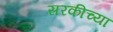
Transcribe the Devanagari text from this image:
सरकीच्या